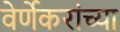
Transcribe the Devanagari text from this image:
वेर्णेकरांच्या